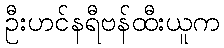
ဦးဟင်နရီဗန်ထီးယူက